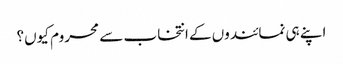
اپنے ہی نمائندوں کے انتخاب سے محروم کیوں؟